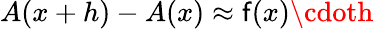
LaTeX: A(x+h)-A(x)\approx\mathsf{f}(x)\cdoth